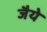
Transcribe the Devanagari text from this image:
जैये